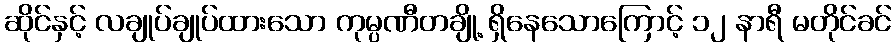
ဆိုင်နှင့် လချုပ်ချုပ်ထားသော ကုမ္ပဏီတချို့ ရှိနေသောကြောင့် ၁၂ နာရီ မတိုင်ခင်